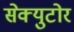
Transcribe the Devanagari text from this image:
सेक्युटोर